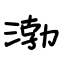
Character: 渤